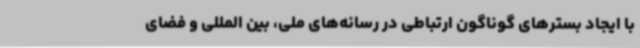
با ایجاد بسترهای گوناگون ارتباطی در رسانه‌های ملی، بین المللی و فضای